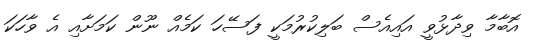
އޮބާމާ ވިދާޅުވީ އައިއެސް ބަލިކުރުމަކީ ފަސޭހަ ކަމެއް ނޫން ކަމަށާއި އެ ވާހަކަ